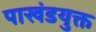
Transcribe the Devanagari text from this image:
पाखंडयुक्त